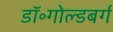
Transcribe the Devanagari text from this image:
डॉ॰गोल्डबर्ग